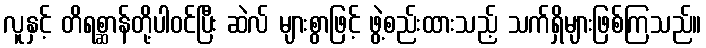
လူနှင့် တိရစ္ဆာန်တို့ပါဝင်ပြီး ဆဲလ် များစွာဖြင့် ဖွဲ့စည်းထားသည့် သက်ရှိများဖြစ်ကြသည်။